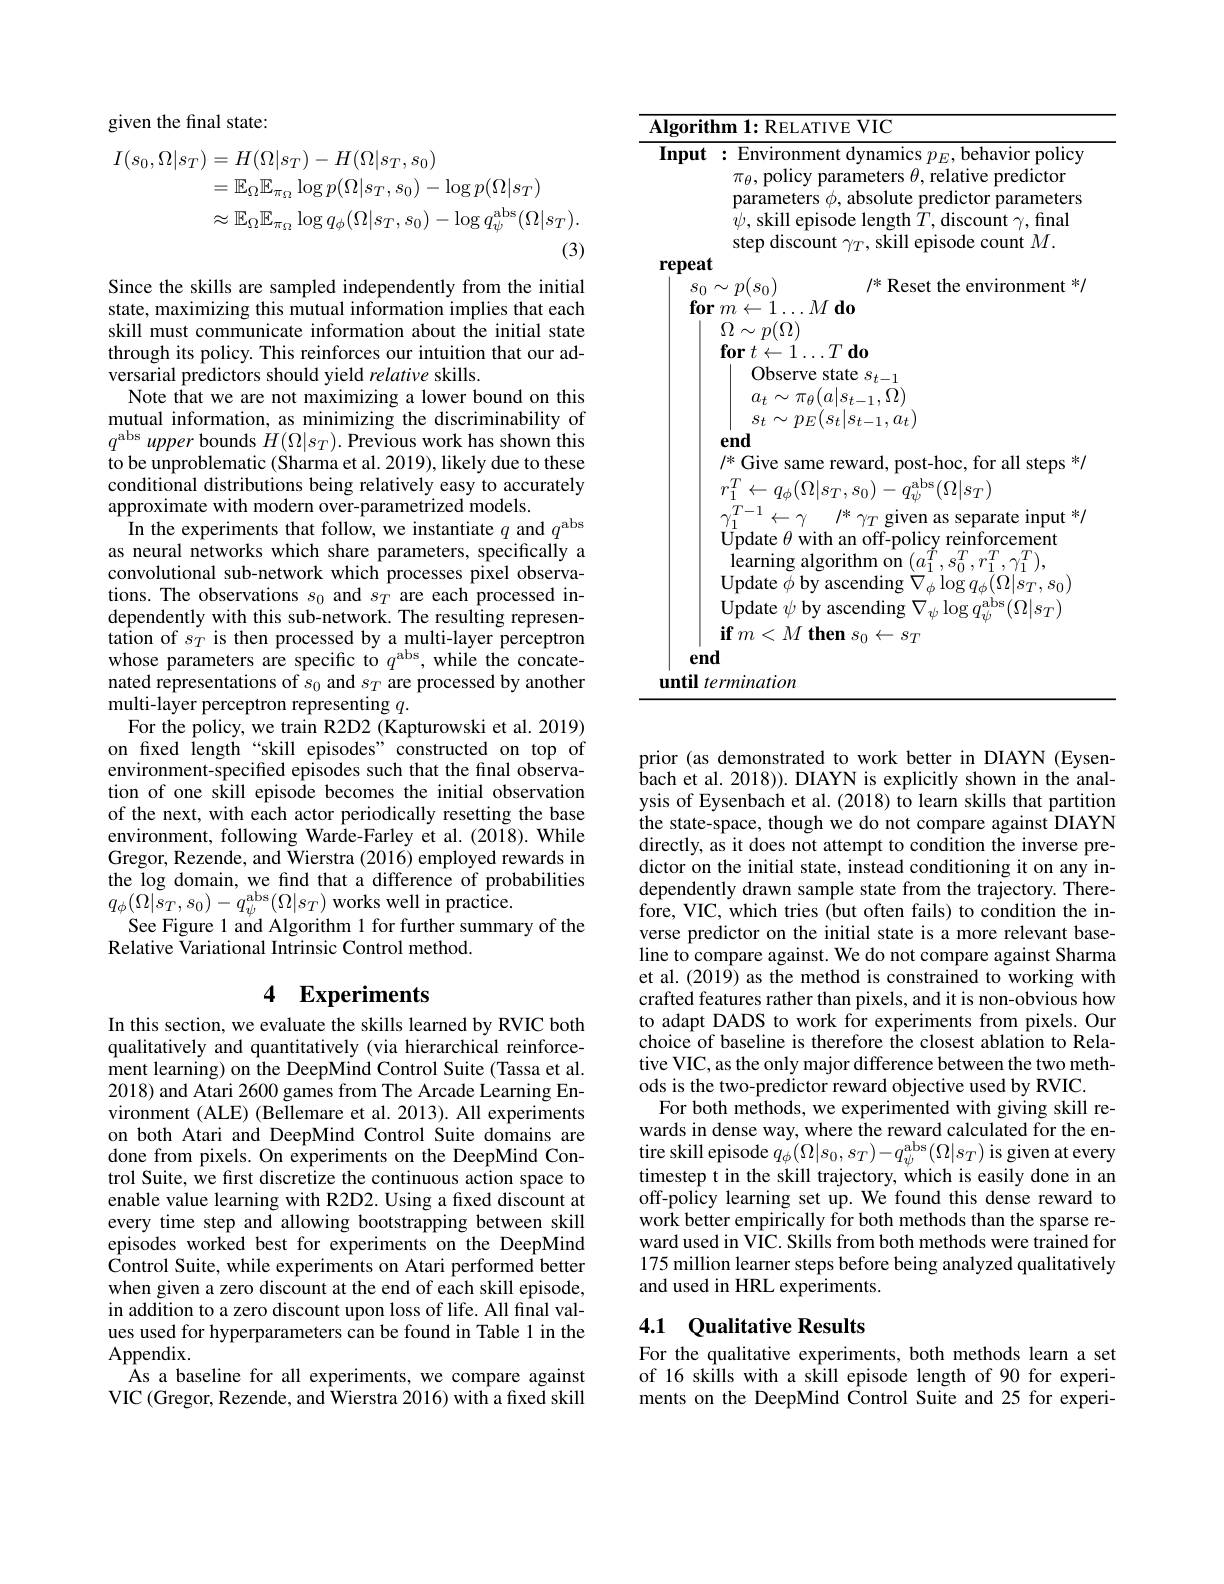
given the final state:
$$\begin{aligned}I(s_{0},\Omega|s_{T})&=H(\Omega|s_T)-H(\Omega|s_T,s_0)\\&=\mathbb{E}_{\Omega}\mathbb{E}_{\pi_{\Omega}}\log p(\Omega|s_{T},s_{0})-\log p(\Omega|s_{T})\\&\approx\mathbb{E}_{\Omega}\mathbb{E}_{\pi_{\Omega}}\log q_{\phi}(\Omega|s_{T},s_{0})-\log q_{\psi}^{\mathrm{abs}}(\Omega|s_{T}).\end{aligned}$$
Since the skills are sampled independently from the initial state, maximizing this mutual information implies that each skill must communicate information about the initial state through its policy. This reinforces our intuition that our adversarial predictors should yield relative skills.
Note that we are not maximizing a lower bound on this mutual information, as minimizing the discriminability of $q^{\mathrm{abs}}$ upper bounds $H(\Omega|s_T).$ Previous work has shown this to be unproblematic (Sharma et al. 2019), likely due to these conditional distributions being relatively easy to accurately approximate with modern over-parametrized models.
In the experiments that follow, we instantiate $q$ and $q^\mathrm{abs}$ as neural networks which share parameters, specifically a convolutional sub-network which processes pixel observations. The observations $s_0$ and $s_T$ are each processed independently with this sub-network. The resulting representation of $s_T$ is then processed by a multi-layer perceptron whose parameters are specific to $q^\mathrm{abs}$, while the concatenated representations of $s_0$ and $s_T$ are processed by another multi-layer perceptron representing $q.$
For the policy, we train R2D2 (Kapturowski et al. 2019) on fixed length“skill episodes”constructed on top of environment-specified episodes such that the final observation of one skill episode becomes the initial observation of the next, with each actor periodically resetting the base environment, following Warde-Farley et al.(2018). While Gregor, Rezende, and Wierstra (2016) employed rewards in the log domain, we find that a difference of probabilities $q_{\phi}(\Omega|s_{T},s_{0})-q_{\psi}^{\mathrm{abs}}(\Omega|s_{T})$works well in practice.
See Figure 1 and Algorithm 1 for further summary of the
Relative Variational Intrinsic Control method.

# 4 Experiments

In this section, we evaluate the skills learned by RVIC both qualitatively and quantitatively (via hierarchical reinforcement learning) on the DeepMind Control Suite (Tassa et al. 2018) and Atari 2600 games from The Arcade Learning Environment (ALE) (Bellemare et al. 2013). All experiments on both Atari and DeepMind Control Suite domains are done from pixels. On experiments on the DeepMind Control Suite, we first discretize the continuous action space to enable value learning with R2D2. Using a fixed discount at every time step and allowing bootstrapping between skill episodes worked best for experiments on the DeepMind Control Suite, while experiments on Atari performed better when given a zero discount at the end of each skill episode, in addition to a zero discount upon loss of life. All final values used for hyperparameters can be found in Table 1 in the Appendix.
As a baseline for all experiments, we compare against VIC (Gregor, Rezende, and Wierstra 2016) with a fixed skill

Algorithm 1: REL ATIVE VIC
Input : Environment dynamics $p_{E}$,behavior policy
$\pi_\theta$, policy parameters $\theta$, relative predictor parameters $\phi$, absolute predictor parameters $\begin{array}{l}{\psi,\text{skill episode length}\bar{T},\text{discount}\gamma,\mathrm{final}}\\{\text{step discount }\gamma_{T},\text{skill episode count }M.}\end{array}$
repeat
$/^*$ Reset the environment */
$s_0\sim p(s_0)$
$\textbf{for}m\leftarrow 1\ldots M\textbf{do}$
$\Omega\sim p(\Omega)$
$\textbf{for}t\leftarrow 1\ldots T\textbf{do}$
Observe state $s_{t-1}$ $a_{t}\sim\pi_{\theta}(a|s_{t-1},\Omega)$ $s_{t}\sim p_{E}(s_{t}|s_{t-1},a_{t})$
end
$/^*$ Give same reward, post-hoc, for all steps */
$r_{1}^{T}\leftarrow q_{\phi}(\Omega|s_{T},s_{0})-q_{\psi}^{\mathrm{abs}}(\Omega|s_{T})$
$\gamma _{1}^{T- 1}\leftarrow \gamma$ /* given as separate input */
$\bar{\text{Update }\theta}$ with an off-policy reinforcement $\operatorname*{learning}$algorithm on$(a_1^{\tilde{T}},s_0^{T},r_1^{T},\gamma_1^{T})$, Update $\phi$ by ascending $\nabla_{\phi}\log q_{\phi}(\Omega|s_{T},s_{0})$ Update $\psi$ by ascending $\nabla_\psi\log q_\psi^\mathrm{abs}(\Omega|s_T)$ $\textbf{if}m< M\textbf{ then }s_0\leftarrow s_T$
end
until termination

prior (as demonstrated to work better in DIAYN (Eysen- $\hat{b}$ach et al. 2018) ) . DIAYN is explicitly shown in the anal- ysis of Eysenbach et al. (2018) to learn skills that partition the state-space, though we do not compare against DIAYN directly, as it does not attempt to condition the inverse predictor on the initial state, instead conditioning it on any independently drawn sample state from the trajectory. Therefore, VIC, which tries (but often fails) to condition the inverse predictor on the initial state is a more relevant baseline to compare against. We do not compare against Sharma et al. (2019) as the method is constrained to working with crafted features rather than pixels, and it is non-obvious how to adapt DADS to work for experiments from pixels. Our choice of baseline is therefore the closest ablation to Relative VIC, as the only major difference between the two methods is the two-predictor reward objective used by RVIC
For both methods, we experimented with giving skill rewards in dense way, where the reward calculated for the entire skill episode $q_{\phi}(\Omega|s_{0},s_{T})-q_{\psi}^{\mathrm{abs}}(\Omega|s_{T})$ is given at every timestep t in the skill trajectory, which is easily done in an off-policy learning set up. We found this dense reward to work better empirically for both methods than the sparse reward used in VIC. Skills from both methods were trained for 175 million learner steps before being analyzed qualitatively and used in HRL experiments.

## 4.1 Qualitative Results

For the qualitative experiments, both methods learn a set of 16 skills with a skill episode length of 90 for experiments on the DeepMind Control Suite and 25 for experi-